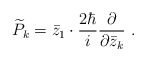
\begin{align*} \widetilde P_k = {\bar z_1} \cdot \frac {2 \hbar}{i} \frac {\partial} {\partial {\bar z_k}} \ .\end{align*}